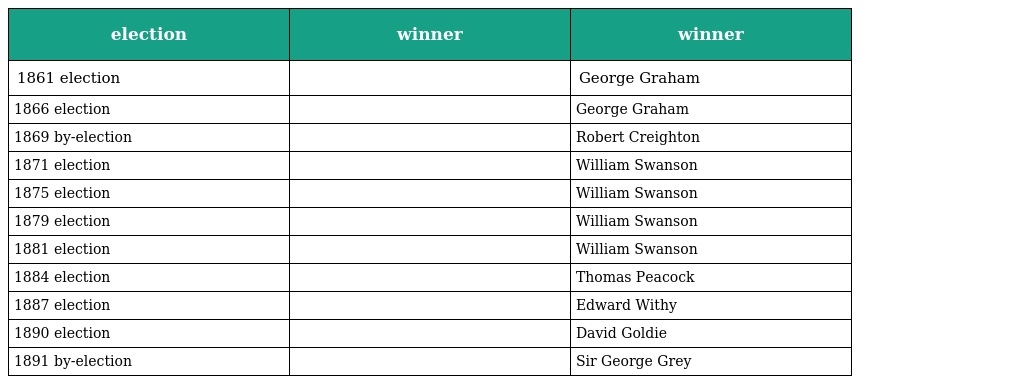
| election | winner | winner |
 | --- | --- | --- |
 | 1861 election |  | George Graham |
 | 1866 election |  | George Graham |
 | 1869 by-election |  | Robert Creighton |
 | 1871 election |  | William Swanson |
 | 1875 election |  | William Swanson |
 | 1879 election |  | William Swanson |
 | 1881 election |  | William Swanson |
 | 1884 election |  | Thomas Peacock |
 | 1887 election |  | Edward Withy |
 | 1890 election |  | David Goldie |
 | 1891 by-election |  | Sir George Grey |